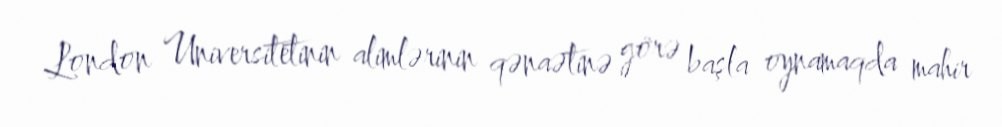
London Universitetinin alimlərinin qənaətinə görə başla oynamaqda mahir